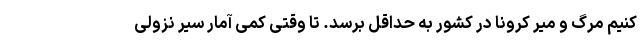
کنیم مرگ و میر کرونا در کشور به حداقل برسد. تا وقتی کمی آمار سیر نزولی